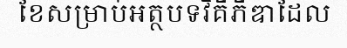
ខែសម្រាប់អត្ថបទវិគីភីឌាដែល